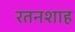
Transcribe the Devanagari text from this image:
रतनशाह